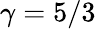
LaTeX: \gamma=5/3